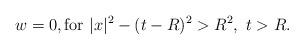
LaTeX: \begin{align*}w = 0, \mathrm{for} \ |x|^2 - (t - R )^2 > R^2 , \ t > R.\end{align*}